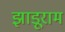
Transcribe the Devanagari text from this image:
झाड़ूराम